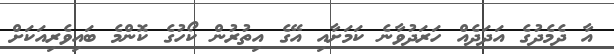
އާ ދެމެދުގެ އަދަދެއް ހަރަދުވާނެ ކަމަށާއި އޭގެ އިތުރުން ކޯހުގެ ކޮންމެ ބައިވެރިއަކަށް